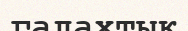
галахтық